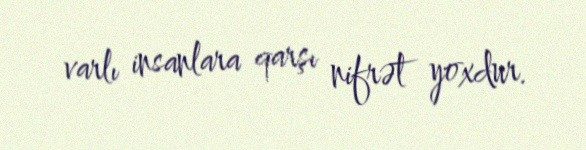
varlı insanlara qarşı nifrət yoxdur.